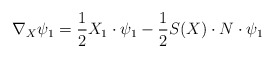
\begin{align*}\nabla_X\psi_1=\frac{1}{2}X_1\cdot\psi_1-\frac{1}{2}S(X)\cdot N\cdot\psi_1\end{align*}